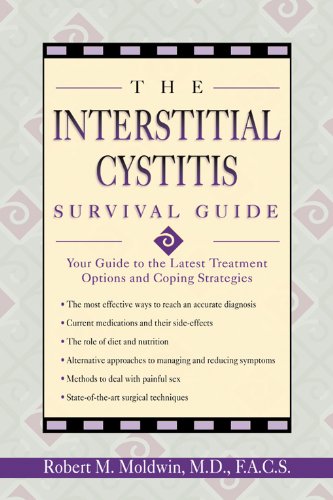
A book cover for The Interstitial Cystitis Survival Guide: Your Guide to the Latest Treatment Options and Coping Strategies; Robert M. Moldwin; Health, Fitness & Dieting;